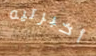
أخبرتيه